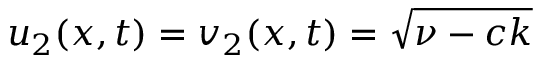
u _ { 2 } ( x , t ) = v _ { 2 } ( x , t ) = \sqrt { \nu - c k }